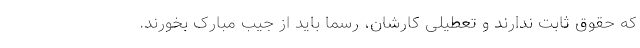
که حقوق ثابت ندارند و تعطیلی کارشان، رسما باید از جیب مبارک بخورند.